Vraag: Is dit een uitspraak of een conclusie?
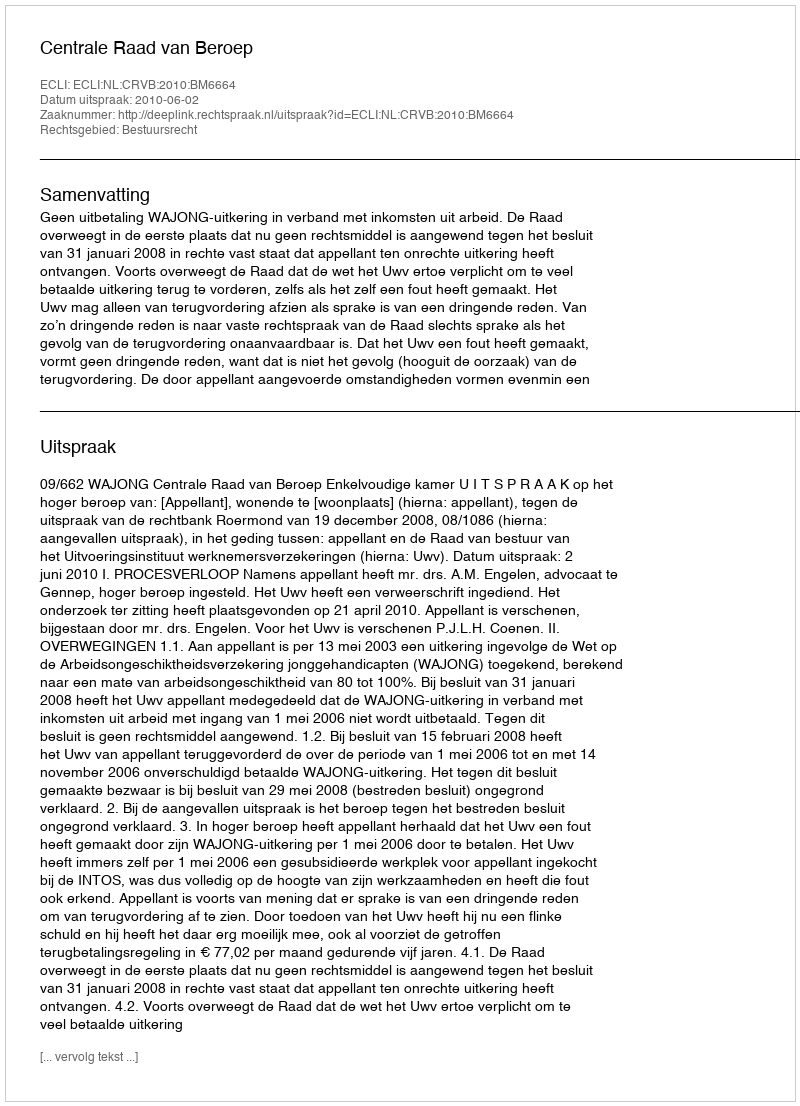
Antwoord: Uitspraak